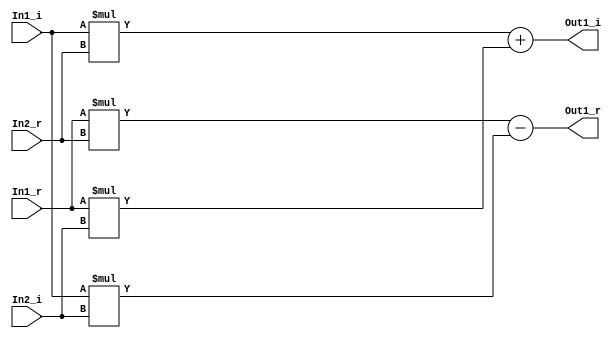
// -------------------------------------------------------------
// 
// 
// Generated by MATLAB 9.5 and HDL Coder 3.13
// 
// -------------------------------------------------------------


// -------------------------------------------------------------
// 
// Module: complex_mul1
// Source Path: fourxfour_designfxdpt_givens/fourxfour_designfxdpt/Givens_Internal_BW_Cell3/complex_mul1
// Hierarchy Level: 2
// 
// -------------------------------------------------------------

`timescale 1 ns / 1 ns

module complex_mul1
          (In1_r,
           In1_i,
           In2_r,
           In2_i,
           Out1_r,
           Out1_i);


  input   signed [23:0] In1_r;  // sfix24_En14
  input   signed [23:0] In1_i;  // sfix24_En14
  input   signed [23:0] In2_r;  // sfix24_En14
  input   signed [23:0] In2_i;  // sfix24_En14
  output  signed [48:0] Out1_r;  // sfix49_En28
  output  signed [48:0] Out1_i;  // sfix49_En28


  wire signed [47:0] Product_out1;  // sfix48_En28
  wire signed [47:0] Product1_out1;  // sfix48_En28
  wire signed [48:0] Add_sub_cast;  // sfix49_En28
  wire signed [48:0] Add_sub_cast_1;  // sfix49_En28
  wire signed [48:0] Add_out1;  // sfix49_En28
  wire signed [47:0] Product2_out1;  // sfix48_En28
  wire signed [47:0] Product3_out1;  // sfix48_En28
  wire signed [48:0] Add1_add_cast;  // sfix49_En28
  wire signed [48:0] Add1_add_cast_1;  // sfix49_En28
  wire signed [48:0] Add1_out1;  // sfix49_En28


  assign Product_out1 = In1_r * In2_r;



  assign Product1_out1 = In1_i * In2_i;



  assign Add_sub_cast = {Product_out1[47], Product_out1};
  assign Add_sub_cast_1 = {Product1_out1[47], Product1_out1};
  assign Add_out1 = Add_sub_cast - Add_sub_cast_1;



  assign Out1_r = Add_out1;

  assign Product2_out1 = In1_i * In2_r;



  assign Product3_out1 = In1_r * In2_i;



  assign Add1_add_cast = {Product2_out1[47], Product2_out1};
  assign Add1_add_cast_1 = {Product3_out1[47], Product3_out1};
  assign Add1_out1 = Add1_add_cast + Add1_add_cast_1;



  assign Out1_i = Add1_out1;

endmodule  // complex_mul1